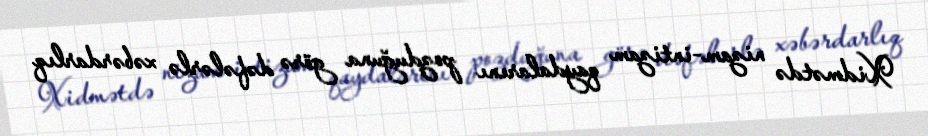
Xidmətdə nizam-intizam qaydalarını pozduğuna görə dəfələrlə xəbərdarlıq